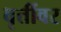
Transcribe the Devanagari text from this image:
वृत्तींवर